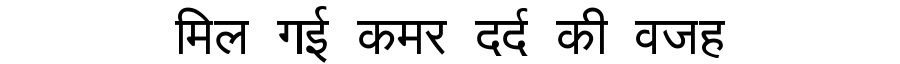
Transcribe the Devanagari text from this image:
मिल गई कमर दर्द की वजह